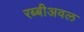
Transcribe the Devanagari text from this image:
रब्बीअवल